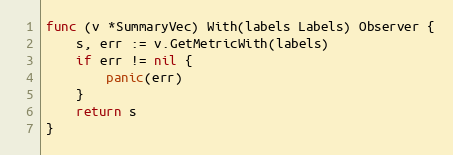
Language: Go
func (v *SummaryVec) With(labels Labels) Observer {
	s, err := v.GetMetricWith(labels)
	if err != nil {
		panic(err)
	}
	return s
}